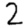
Digit: 2